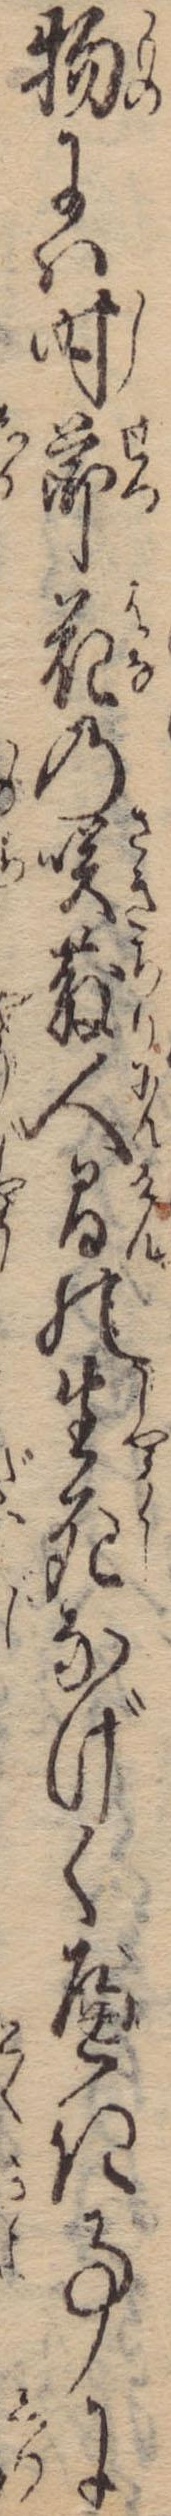
物には時節花の咲散人間の生死なげくべき事に